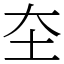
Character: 圶